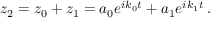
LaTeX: z _ { 2 } = z _ { 0 } + z _ { 1 } = a _ { 0 } e ^ { i k _ { 0 } t } + a _ { 1 } e ^ { i k _ { 1 } t } \, .